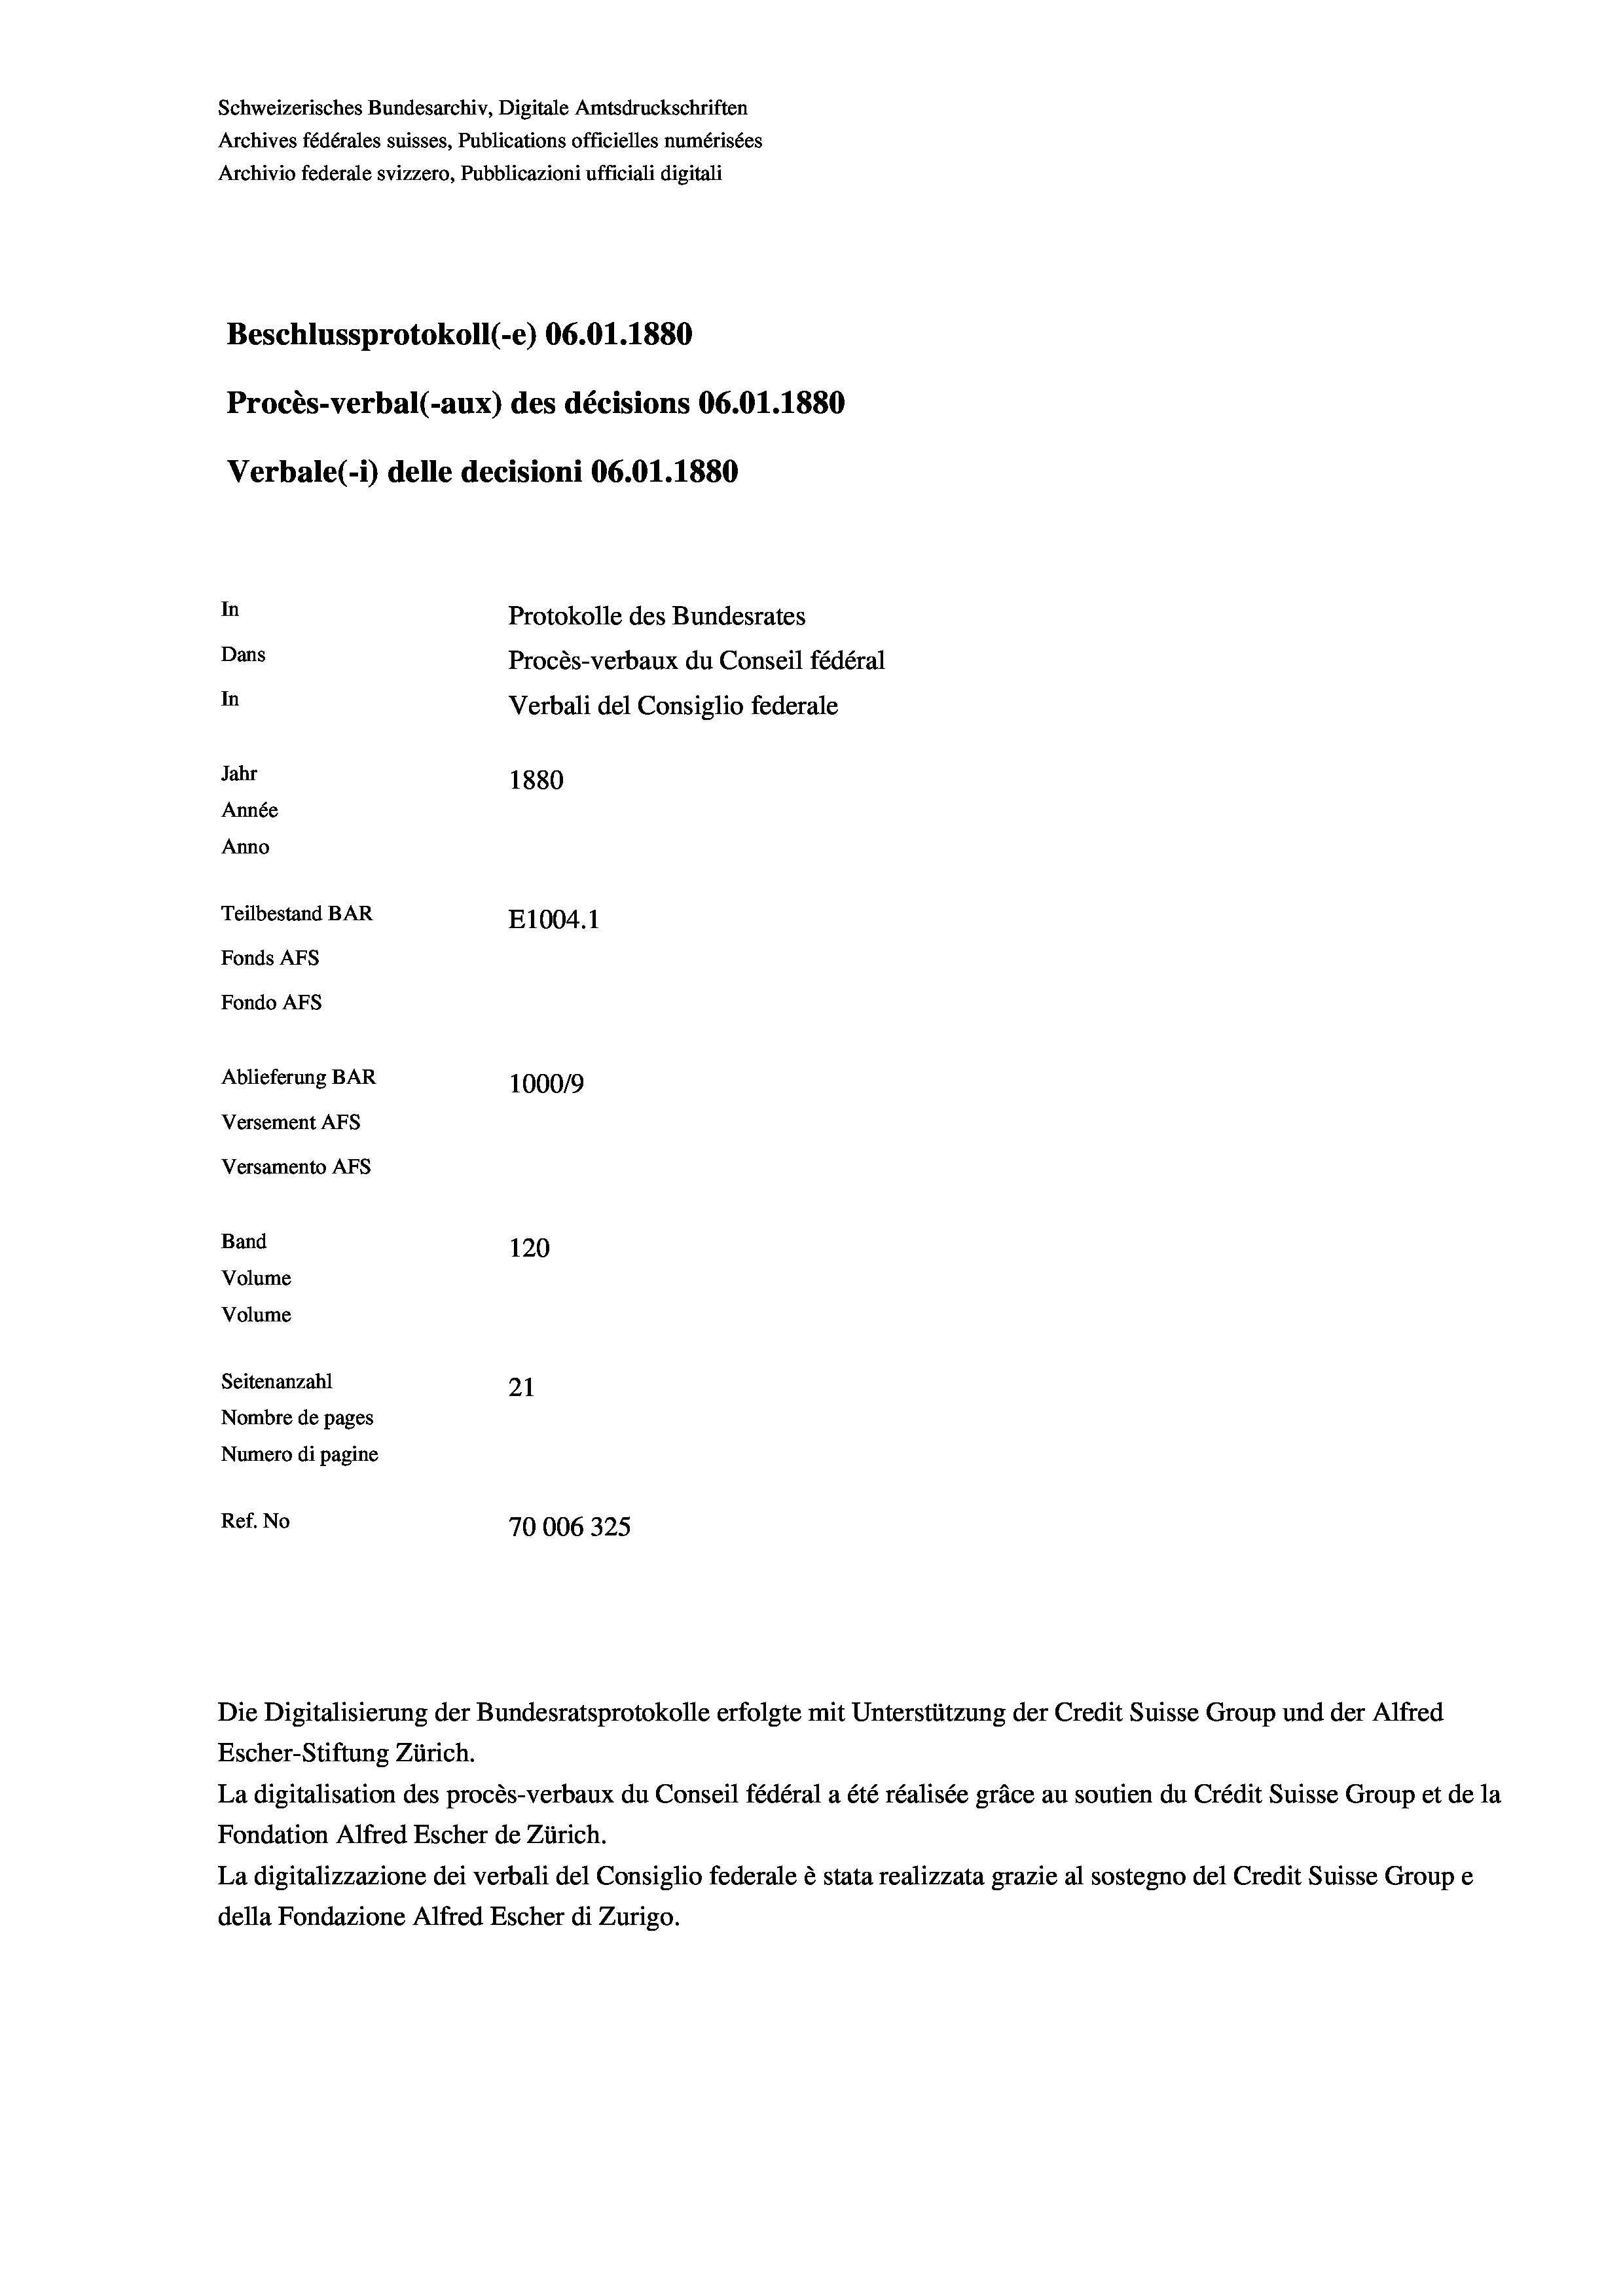
Schweizerisches Bundesarchiv, Digitale Amtsdruckschriften
Archives fédérales suisses, Publications officielles numérisées
Archivio federale svizzero, Pubblicazioni ufficiali digitali
Beschlussprotokoll (-e) 06.01.1880
Procès-verbal (-aux) des décisions 06.01.1880
Verbale (i) delle decisioni 06.01. 1880
In
Protokolle des Bundesrates
Dans
Procès-verbaux du Conseil fédéral
In
Verbali del Consiglio federale
Jahr
1880
Année
Anno
Teilbestand BAR
E1004.1
Fonds Afs
Fondo AFs
Ablieferung BAR
1000/9
Versement Abs

Versamento Afs
Band
Volume
Volume

120
Seitenanzahl
21
Nombre de pages
Numero di pagine
Ref. No
70006325

Escher-Stiftung Zürich.
La digitalisation des procès-verbaux du Conseil fédéral a été réalisée gräce au soutien du Crédit Suisse Group et de la
Fondation Alfred Escher de Zürich.
La digitalizzazione dei verbali del Consiglio federale è stata realizzata grazie al sostegno del Credit Suisse Groupe
della Fondazione Alfred Escher di Zurigo.

Die Digitalisierung der Bundesratsprotokolle erfolgte mit Unterstützung der Credit Suisse Group und der Alfred